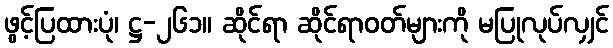
ဖွင့်ပြထားပုံ၊ ဋ္ဌ-၂၆၁။ ဆိုင်ရာ ဆိုင်ရာဝတ်များကို မပြုလုပ်လျှင်